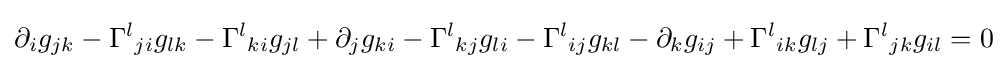
\partial _{i}g_{jk}-{\Gamma ^{l}}_{ji}g_{lk}-{\Gamma ^{l}}_{ki}g_{jl}+\partial _{j}g_{ki}-{\Gamma ^{l}}_{kj}g_{li}-{\Gamma ^{l}}_{ij}g_{kl}-\partial _{k}g_{ij}+{\Gamma ^{l}}_{ik}g_{lj}+{\Gamma ^{l}}_{jk}g_{il}=0